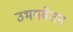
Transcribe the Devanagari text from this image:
उभयवेतन